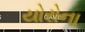
યોરોના